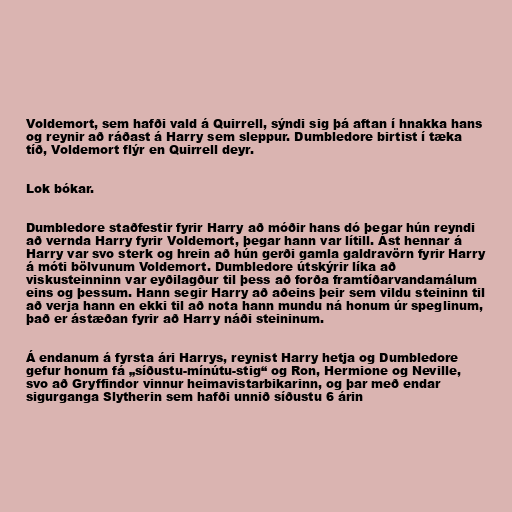
Voldemort, sem hafði vald á Quirrell, sýndi sig þá aftan í hnakka hans
og reynir að ráðast á Harry sem sleppur. Dumbledore birtist í tæka
tíð, Voldemort flýr en Quirrell deyr.

Lok bókar.

Dumbledore staðfestir fyrir Harry að móðir hans dó þegar hún reyndi
að vernda Harry fyrir Voldemort, þegar hann var lítill. Ást hennar á
Harry var svo sterk og hrein að hún gerði gamla galdravörn fyrir Harry
á móti bölvunum Voldemort. Dumbledore útskýrir líka að
viskusteinninn var eyðilagður til þess að forða framtíðarvandamálum
eins og þessum. Hann segir Harry að aðeins þeir sem vildu steininn til
að verja hann en ekki til að nota hann mundu ná honum úr speglinum,
það er ástæðan fyrir að Harry náði steininum.

Á endanum á fyrsta ári Harrys, reynist Harry hetja og Dumbledore
gefur honum fá „síðustu-mínútu-stig“ og Ron, Hermione og Neville,
svo að Gryffindor vinnur heimavistarbikarinn, og þar með endar
sigurganga Slytherin sem hafði unnið síðustu 6 árin